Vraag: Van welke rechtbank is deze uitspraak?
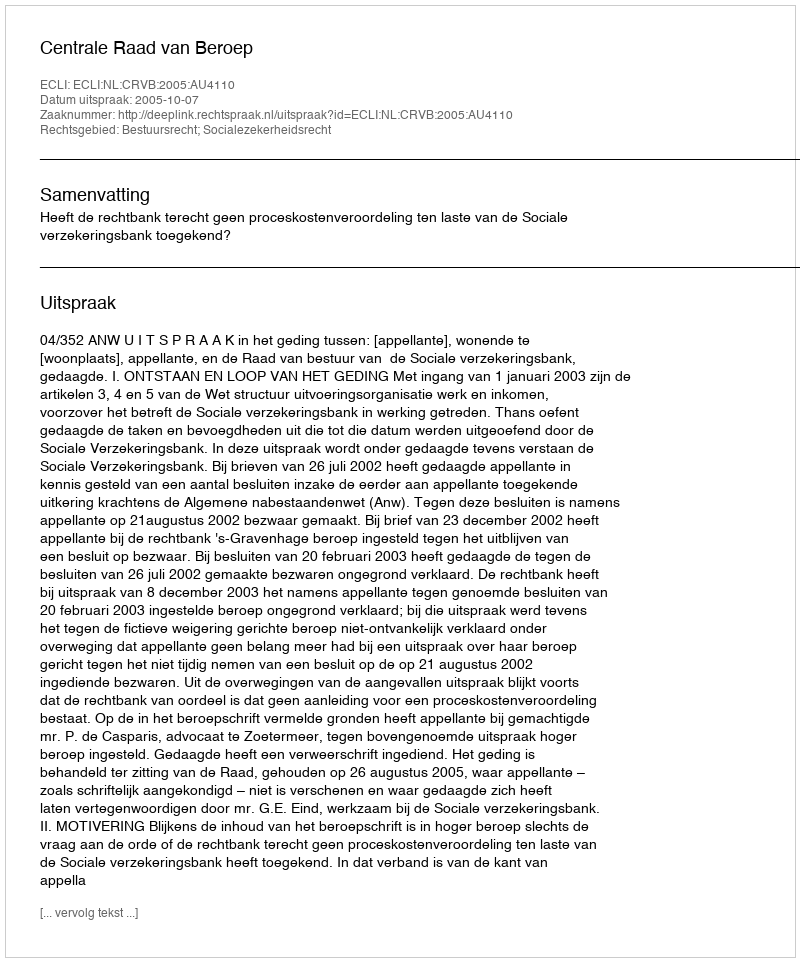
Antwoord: Centrale Raad van Beroep